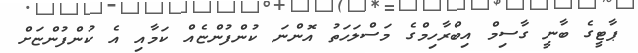
ޕާޓީގެ ބާނީ ގާސިމް އިބްރާހިމްގެ މަސްލަހަތު އޮންނަ ކުންފުންޏެއް ކަމާއި އެ ކުންފުންޏަށް